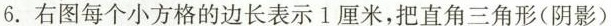
6.右图每个小方格的边长表示1厘米，把直角三角形(阴影)